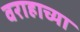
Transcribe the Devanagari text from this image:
वराहाच्या